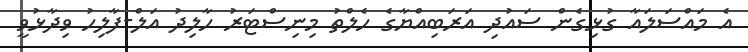
އެ މައްސަލައާ ގުޅިގެން ސައުދި އަރަބިއްޔާގެ ހެލްތު މިނިސްޓަރު ހާލިދު އަލް-ފާލިހު ވިދާޅުވީ